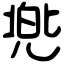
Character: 兠